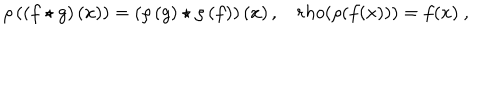
\rho \left( \left( f \star g \right) \left( x \right) \right) = \left( \rho \left( g \right) \star \rho \left( f \right) \right) \left( x \right) , \ \ \ \, r h o ( \rho ( f ( x ) ) ) = f ( x ) \ ,